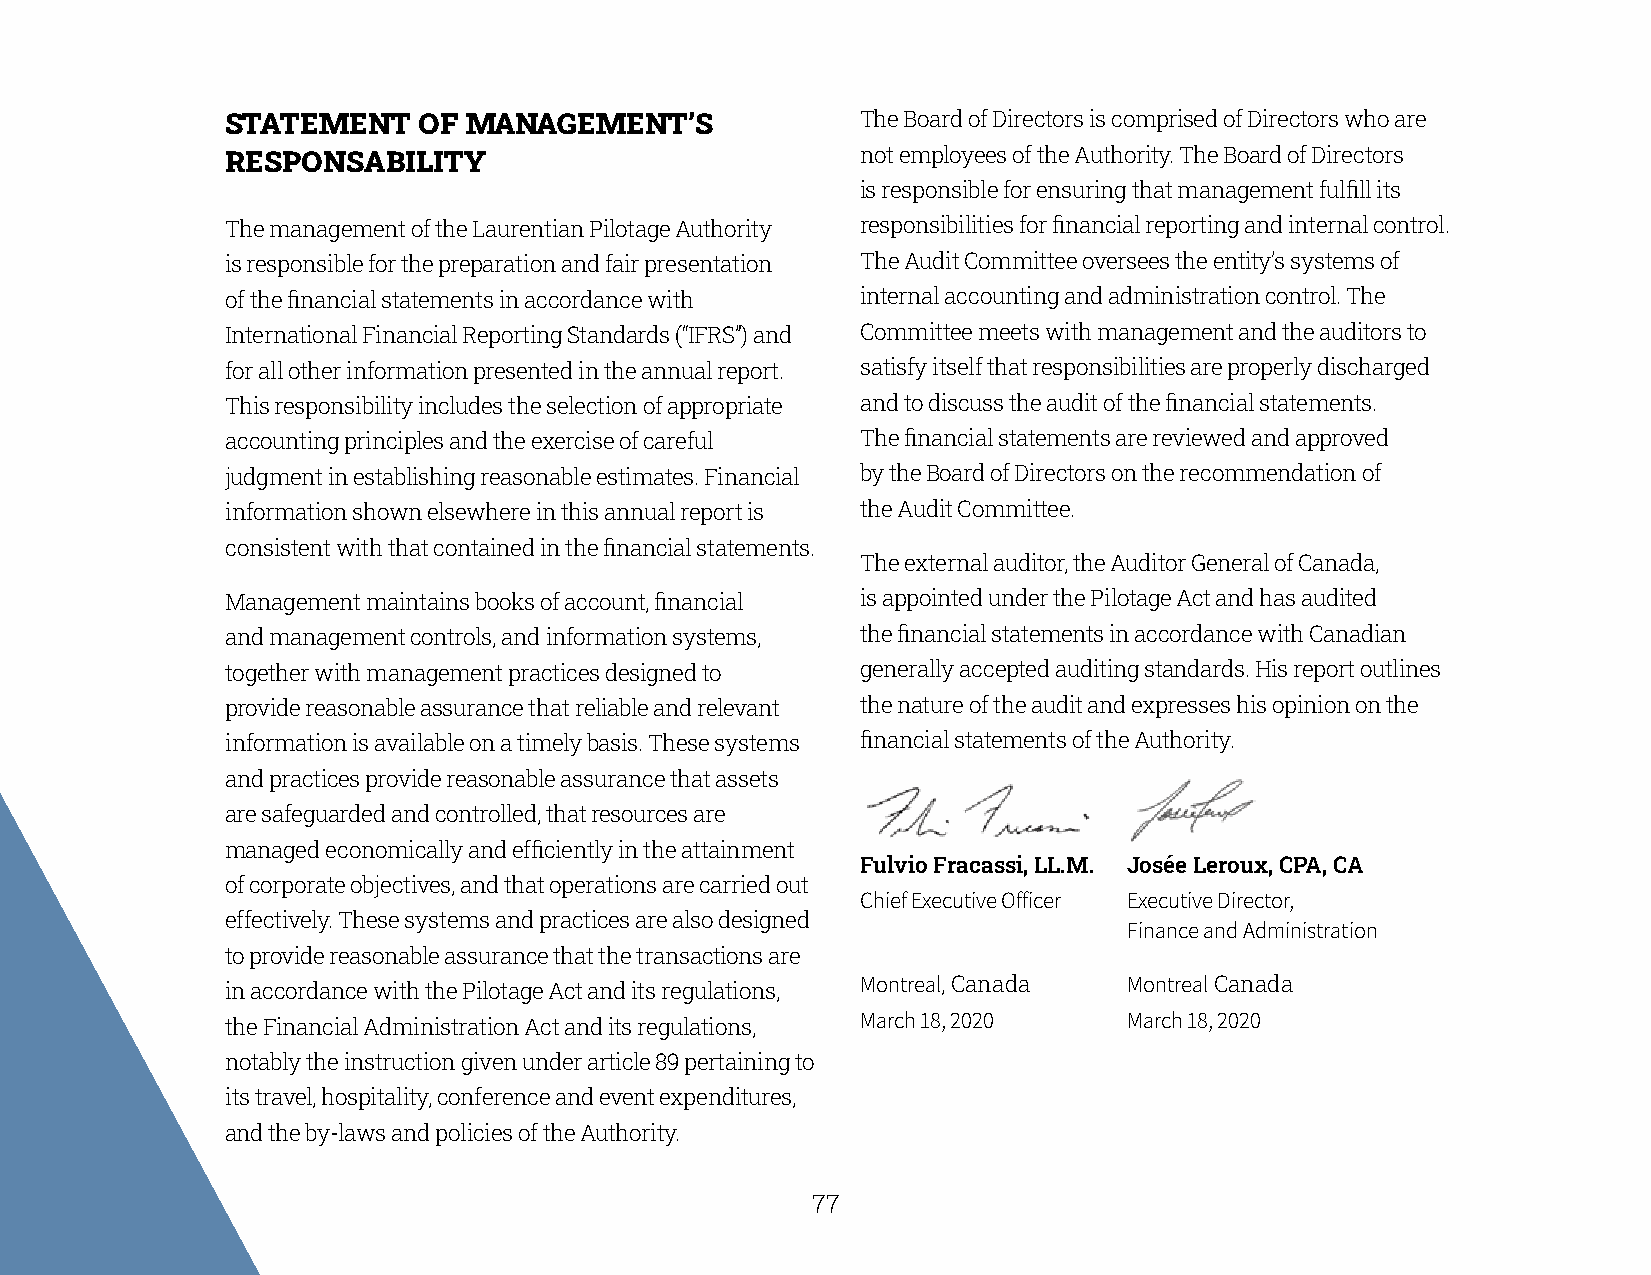
STATEMENT    OF MANAGEMENT’S              The Board of Directors is comprised of Directors who are
 RESPONSABILITY                            not employees of the Authority. The Board of Directors
 is responsible for ensuring that management fulfill its
 The management of the Laurentian Pilotage Authority responsibilities for financial reporting and internal control.
 is responsible for the preparation and fair presentation The Audit Committee oversees the entity’s systems of
 of the financial statements in accordance with internal accounting and administration control. The
 International Financial Reporting Standards (“IFRS”) and Committee meets with management and the auditors to
 for all other information presented in the annual report. satisfy itself that responsibilities are properly discharged
 This responsibility includes the selection of appropriate and to discuss the audit of the financial statements.
 accounting principles and the exercise of careful The financial statements are reviewed and approved
 judgment in establishing reasonable estimates. Financial by the Board of Directors on the recommendation of
 information shown elsewhere in this annual report is the Audit Committee.
 consistent with that contained in the financial statements.
 The external auditor, the Auditor General of Canada,
 Management maintains books of account, financial is appointed under the Pilotage Act and has audited
 and management controls, and information systems, the financial statements in accordance with Canadian
 together with management practices designed to generally accepted auditing standards. His report outlines
 provide reasonable assurance that reliable and relevant the nature of the audit and expresses his opinion on the
 information is available on a timely basis. These systems financial statements of the Authority.
 and practices provide reasonable assurance that assets
 are safeguarded and controlled, that resources are
 managed economically and efficiently in the attainment
 Fulvio Fracassi, LL.M. Josée Leroux, CPA, CA
 of corporate objectives, and that operations are carried out
 Chief Executive Officer Executive Director,
 effectively. These systems and practices are also designed
 Finance and Administration
 to provide reasonable assurance that the transactions are
 Montreal, Canada  Montreal Canada
 in accordance with the Pilotage Act and its regulations,
 March 18, 2020    March 18, 2020
 the Financial Administration Act and its regulations,
 notably the instruction given under article 89 pertaining to
 its travel, hospitality, conference and event expenditures,
 and the by-laws and policies of the Authority.
 77